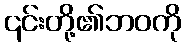
၎င်းတို့၏ဘဝကို